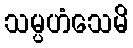
သမ္ပဟံသေမိ